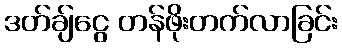
ဒတ်ချ်ငွေ တန်ဖိုးတက်လာခြင်း